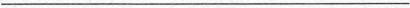
___